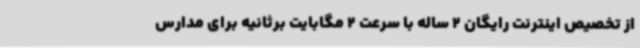
از تخصیص اینترنت رایگان 2 ساله با سرعت 2 مگابایت برثانیه برای مدارس